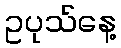
ဥပုသ်နေ့